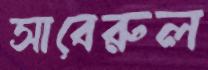
সাবেরুল